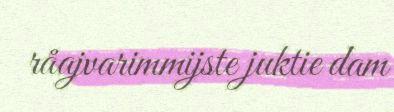
råajvarimmijste juktie dam